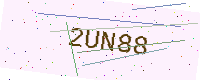
Text: 2UN88